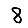
Digit: 8